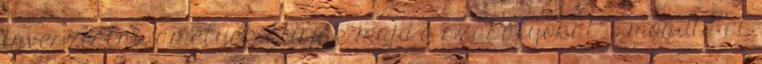
invesztálni, amelyek átírják majd a szabályokat" — mondta el